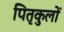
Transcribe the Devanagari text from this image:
पितृकुलों